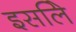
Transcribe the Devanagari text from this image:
इसलिे